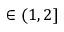
\in ( 1 , 2 ]